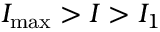
I _ { \operatorname* { m a x } } > I > I _ { 1 }